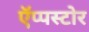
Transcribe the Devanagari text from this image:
ऍप्पस्टोर